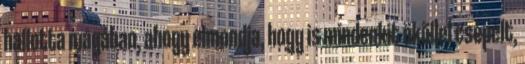
hallotta magában, ahogy elmondja, hogy is mindenkit ököllel csépelt,